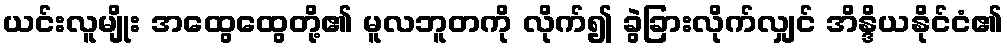
ယင်းလူမျိုး အထွေထွေတို့၏ မူလဘူတကို လိုက်၍ ခွဲခြားလိုက်လျှင် အိန္ဒိယနိုင်ငံ၏